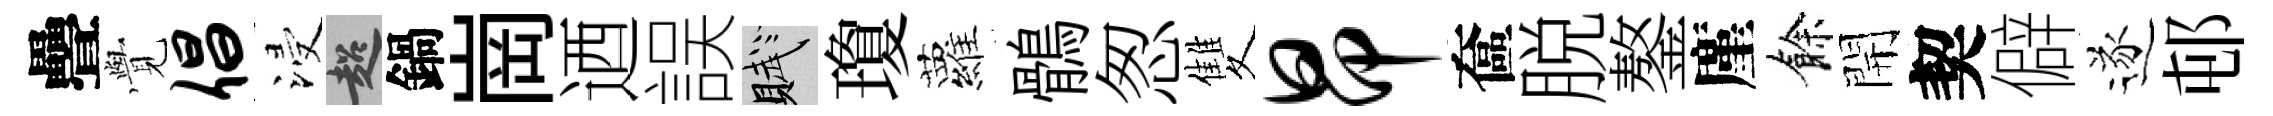
疊𮗜倡浸超鍋崗迺誤賦瓊蘿鶻怱雙昂奩脱鏊廑餘開契僻遂邨